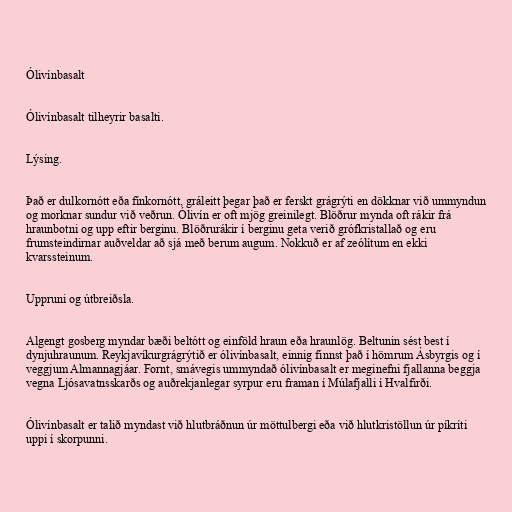
Ólivínbasalt

Ólivínbasalt tilheyrir basalti.

Lýsing.

Það er dulkornótt eða fínkornótt, gráleitt þegar það er ferskt grágrýti en dökknar við ummyndun
og morknar sundur við veðrun. Ólivín er oft mjög greinilegt. Blöðrur mynda oft rákir frá
hraunbotni og upp eftir berginu. Blöðrurákir í berginu geta verið grófkristallað og eru
frumsteindirnar auðveldar að sjá með berum augum. Nokkuð er af zeólítum en ekki
kvarssteinum.

Uppruni og útbreiðsla.

Algengt gosberg myndar bæði beltótt og einföld hraun eða hraunlög. Beltunin sést best í
dynjuhraunum. Reykjavíkurgrágrýtið er ólivínbasalt, einnig finnst það í hömrum Ásbyrgis og í
veggjum Almannagjáar. Fornt, smávegis ummyndað ólivínbasalt er meginefni fjallanna beggja
vegna Ljósavatnsskarðs og auðrekjanlegar syrpur eru framan í Múlafjalli í Hvalfirði.

Ólivínbasalt er talið myndast við hlutbráðnun úr möttulbergi eða við hlutkristöllun úr píkríti
uppi í skorpunni.